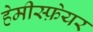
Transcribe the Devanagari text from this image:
हेमीस्फ़ेयर